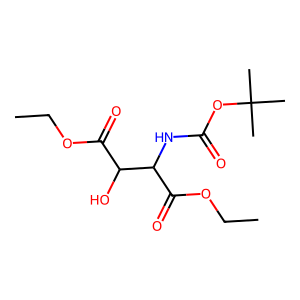
SMILES: CCOC(=O)C(O)C(NC(=O)OC(C)(C)C)C(=O)OCC
Inhibits HIV replication: No